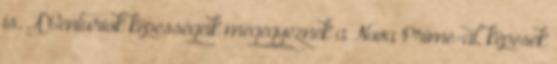
is. A Centuriok képességeik megegyeznek a Nova Prime-al, képesek